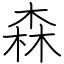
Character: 森